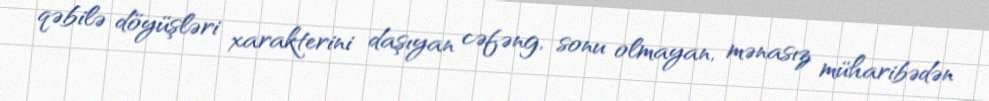
qəbilə döyüşləri xarakterini daşıyan cəfəng, sonu olmayan, mənasız müharibədən